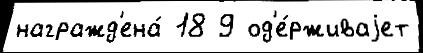
награжд'ена́ 18 9 од'е́рживаjет